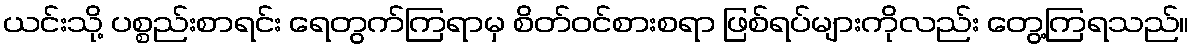
ယင်းသို့ ပစ္စည်းစာရင်း ရေတွက်ကြရာမှ စိတ်ဝင်စားစရာ ဖြစ်ရပ်များကိုလည်း တွေ့ကြရသည်။